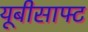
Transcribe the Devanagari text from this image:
यूबीसाफ्ट